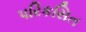
પરિકસિત